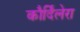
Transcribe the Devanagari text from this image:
कौर्दिलेरा